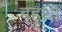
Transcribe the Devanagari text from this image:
बहुथा